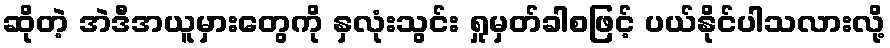
ဆိုတဲ့ အဲဒီအယူမှားတွေကို နှလုံးသွင်း ရှုမှတ်ခါစဖြင့် ပယ်နိုင်ပါသလားလို့